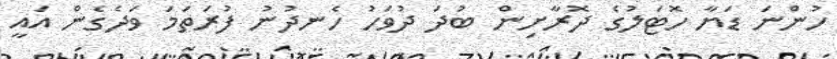
ހުންނަ ޑަޔާ ހޮޓަލުގެ ދޮރާށިން ބުދަ ދުވަހު ހެނދުނު ފުރަތަމަ ވަދެގެން އައީ